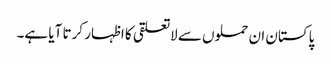
پاکستان ان حملوں سے لاتعلقی کا اظہار کرتا آیا ہے۔